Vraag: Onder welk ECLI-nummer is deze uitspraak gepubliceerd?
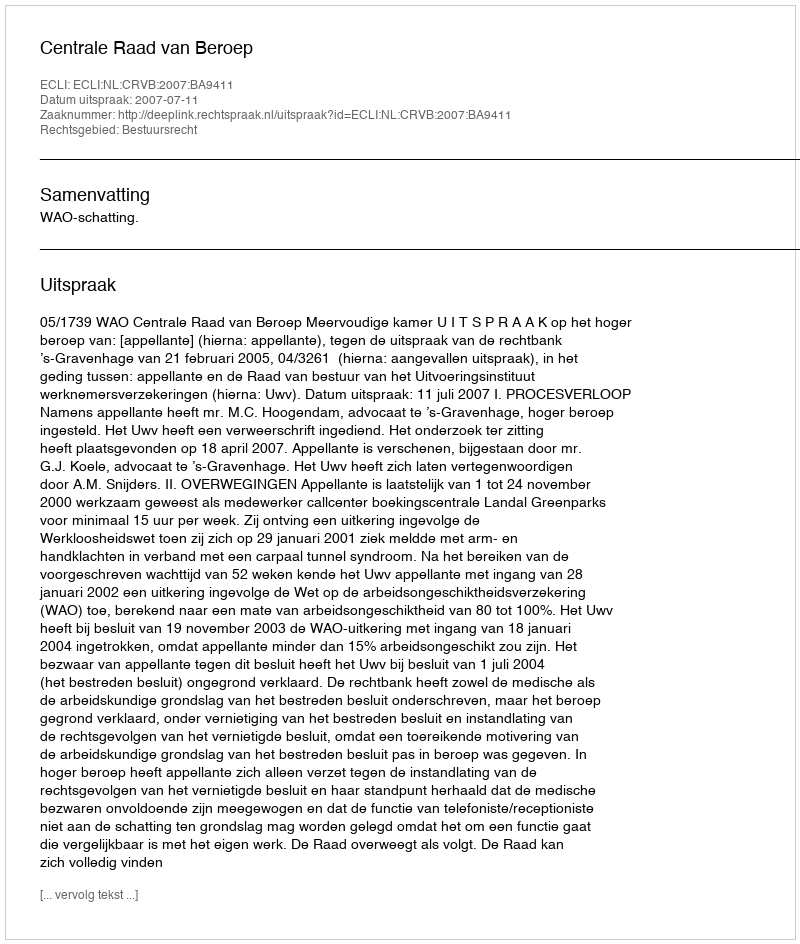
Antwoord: ECLI:NL:CRVB:2007:BA9411